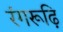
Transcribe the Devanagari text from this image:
रंगरूढ़ि